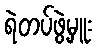
ရဲတပ်ဖွဲ့မှူး